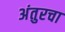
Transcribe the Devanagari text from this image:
अंतुरचा